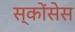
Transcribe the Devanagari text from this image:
स्कोंसेस